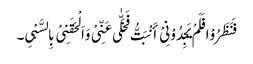
فَنَظَرُوْا فَلَمْ یَجِدُوْنِیْ أَنْبَتُّ فَخَلّٰی عَنِّیْ وَاَلْحَقَنِیْ بِالسَّبْیِ۔